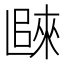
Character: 𲉖